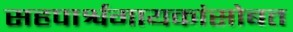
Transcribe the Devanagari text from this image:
सहपार्श्वगायकांसोबत